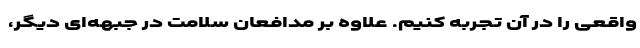
واقعی را در آن تجربه کنیم. علاوه بر مدافعان سلامت در جبهه‌ای دیگر،